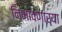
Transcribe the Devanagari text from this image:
निभावणाऱ्या